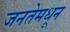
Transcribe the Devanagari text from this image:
जनतेमधून